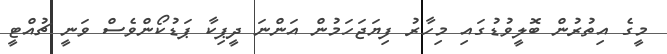
މީގެ އިތުރުން ބޮލީވުޑުގައި މިހާރު ފިޔަޖަހަމުން އަންނަ ދީޕިކާ ޕަޑުކޯންވެސް ވަނީ ޗުއްޓީ